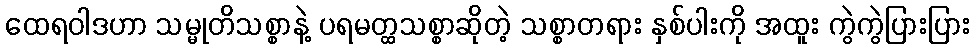
ထေရဝါဒဟာ သမ္မုတိသစ္စာနဲ့ ပရမတ္ထသစ္စာဆိုတဲ့ သစ္စာတရား နှစ်ပါးကို အထူး ကွဲကွဲပြားပြား